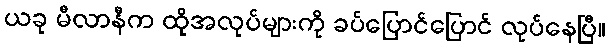
ယခု မီလာနီက ထိုအလုပ်များကို ခပ်ပြောင်ပြောင် လုပ်နေပြီ။